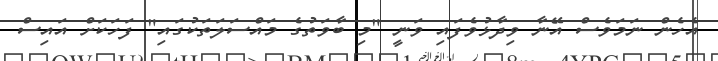
އެހެން ނަމަވެސް އޭނާ ވިދާޅުވެފައި ވަނީ "މި ބާވަތުގެ މައްސަލަތަކުގައި" ފަހަކަށް އައިސް